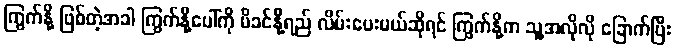
ကြွက်နို့ ဖြစ်တဲ့အခါ ကြွက်နို့ပေါ်ကို မိခင်နို့ရည် လိမ်းပေးမယ်ဆိုရင် ကြွက်နို့က သူ့အလိုလို ခြောက်ပြီး